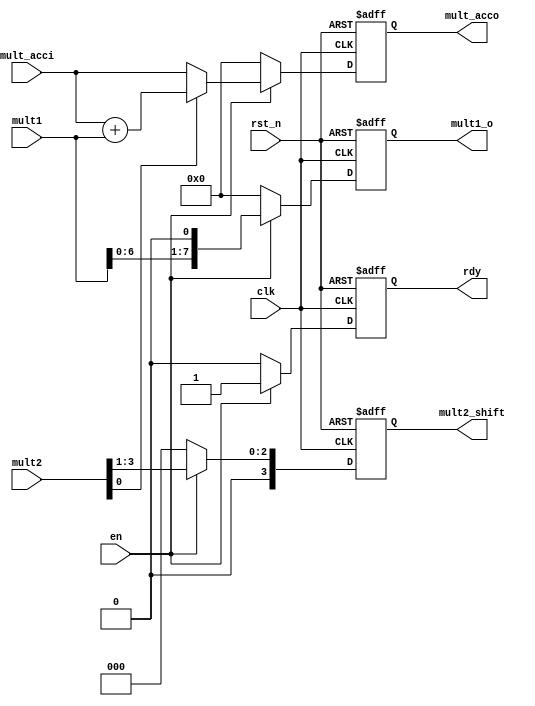
/**********************************************************
// Copyright @ 2021 H. All rights reserved
// Contact with e611hx@gmail.com
============================================================
>> Author   : H
>> Date     : 2021-11-17
>> Filename    : mult_cell.v
>> Modulename  : mult_cell
>> Description : 
>> Version  : 1.0
************************************************************/
module mult_cell
#(
    parameter N = 4,
    parameter M = 4
)
(
    // System Clock
    input        clk,
    input        rst_n,

    // User Interface
    input       en,
    input   [M + N - 1:0]   mult1,
    input   [M - 1:0]       mult2,
    input   [M + N - 1:0]   mult_acci,

    output   reg [M + N - 1:0]  mult1_o,
    output   reg [M - 1:0]      mult2_shift,
    output   reg [M + N - 1:0]  mult_acco,

    output   reg               rdy  
);

always @(posedge clk or negedge rst_n ) begin
    if(!rst_n)begin
        mult1_o     <= 'b0;
        mult2_shift <= 'b0;
        mult_acco   <= 'b0;
        rdy         <= 1'b0;
    end
    else if (en) begin
        mult2_shift <= mult2 >> 1;
        mult_acco   <= mult2[0] ? (mult_acci + mult1) : mult_acci;
        mult1_o     <= mult1 << 1;
        rdy         <= 1'b1;
    end
    else begin
        mult1_o     <= 'b0;
        mult2_shift <= 'b0;
        mult_acco   <= 'b0;
        rdy         <= 1'b0;
    end
end

endmodule